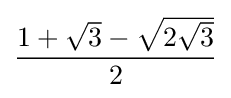
{\frac {1+{\sqrt {3}}-{\sqrt {2{\sqrt {3}}}}}{2}}